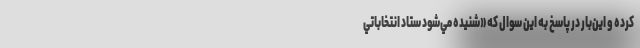
كرده و اين‌بار در پاسخ به اين سوال كه «شنيده مي‌شود ستاد انتخاباتي